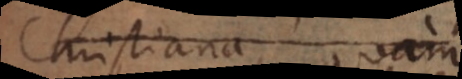
Christiana, quam